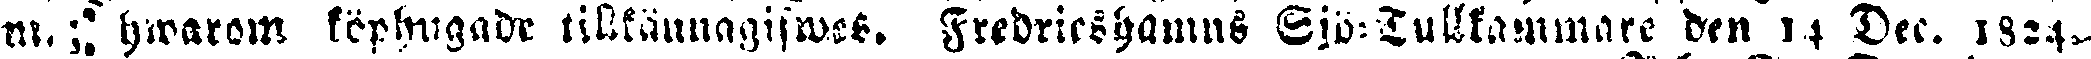
na. ; hwarom köptingade tillkännagifwes. Fredricshamns Sjö-Tullkammare den 14 Dec. 1824.